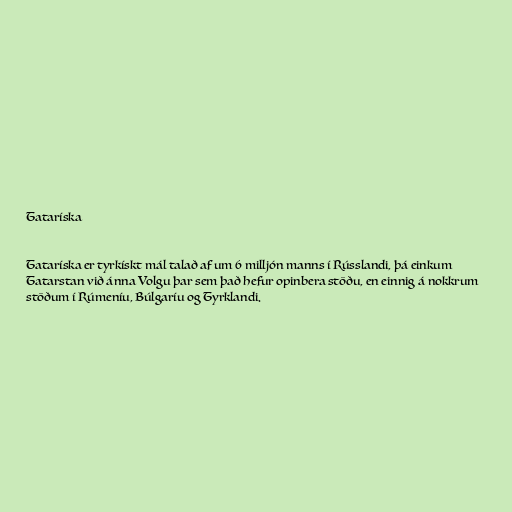
Tataríska

Tataríska er tyrkískt mál talað af um 6 milljón manns í Rússlandi, þá einkum
Tatarstan við ánna Volgu þar sem það hefur opinbera stöðu, en einnig á nokkrum
stöðum í Rúmeníu, Búlgaríu og Tyrklandi.